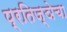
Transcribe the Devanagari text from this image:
प्रतिज्ञेचा